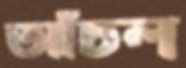
আঁচল